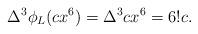
LaTeX: \begin{align*} \Delta^3\phi_L(cx^6) = \Delta^3 cx^6 = 6! c.\end{align*}